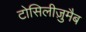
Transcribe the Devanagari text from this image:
टोसिलीज़ुमैब